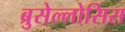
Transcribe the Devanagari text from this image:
ब्रुसेल्लोसिस